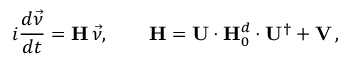
i \frac { d \vec { \nu } } { d t } = { \bf H } \, \vec { \nu } , \qquad { \bf H } = { \bf U } \cdot { \bf H } _ { 0 } ^ { d } \cdot { \bf U } ^ { \dagger } + { \bf V } \, ,